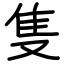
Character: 隻